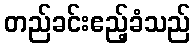
တည်ခင်းဧည့်ခံသည်